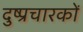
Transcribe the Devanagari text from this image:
दुष्प्रचारकों